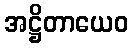
အဋ္ဌိတာယေဝ